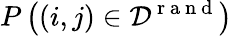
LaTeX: P\left((i,j)\in{\cal D}^{\mathrm{~r~a~n~d~}}\right)